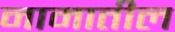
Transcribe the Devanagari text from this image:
नामातील